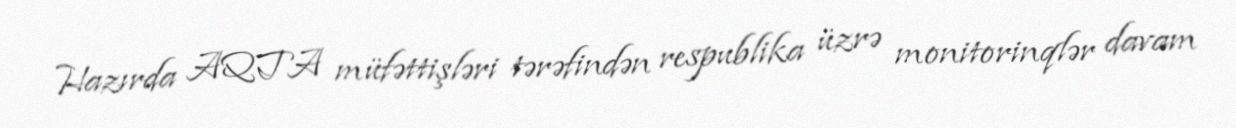
Hazırda AQTA müfəttişləri tərəfindən respublika üzrə monitorinqlər davam